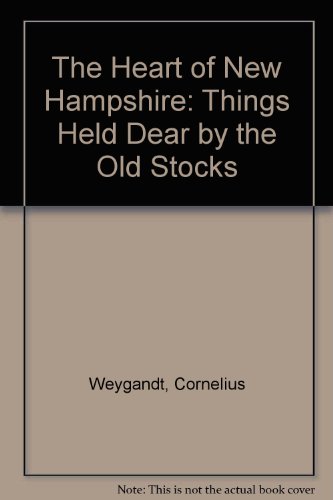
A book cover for The Heart of New Hampshire: Things Held Dear by the Old Stocks; Cornelius Weygandt; Travel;